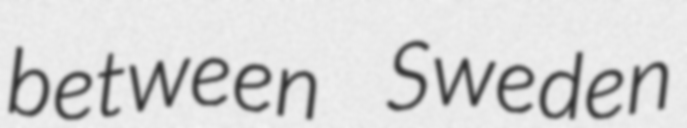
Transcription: between Sweden